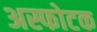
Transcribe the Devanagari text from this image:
अस्फोटक